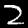
Digit: 2